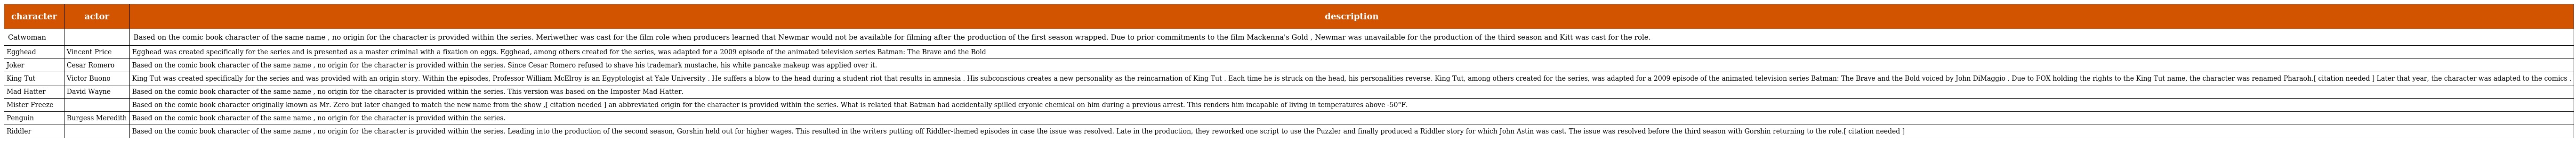
| character | actor | description |
 | --- | --- | --- |
 | Catwoman |  | Based on the comic book character of the same name , no origin for the character is provided within the series. Meriwether was cast for the film role when producers learned that Newmar would not be available for filming after the production of the first season wrapped. Due to prior commitments to the film Mackenna's Gold , Newmar was unavailable for the production of the third season and Kitt was cast for the role. |
 | Egghead | Vincent Price | Egghead was created specifically for the series and is presented as a master criminal with a fixation on eggs. Egghead, among others created for the series, was adapted for a 2009 episode of the animated television series Batman: The Brave and the Bold |
 | Joker | Cesar Romero | Based on the comic book character of the same name , no origin for the character is provided within the series. Since Cesar Romero refused to shave his trademark mustache, his white pancake makeup was applied over it. |
 | King Tut | Victor Buono | King Tut was created specifically for the series and was provided with an origin story. Within the episodes, Professor William McElroy is an Egyptologist at Yale University . He suffers a blow to the head during a student riot that results in amnesia . His subconscious creates a new personality as the reincarnation of King Tut . Each time he is struck on the head, his personalities reverse. King Tut, among others created for the series, was adapted for a 2009 episode of the animated television series Batman: The Brave and the Bold voiced by John DiMaggio . Due to FOX holding the rights to the King Tut name, the character was renamed Pharaoh.[ citation needed ] Later that year, the character was adapted to the comics . |
 | Mad Hatter | David Wayne | Based on the comic book character of the same name , no origin for the character is provided within the series. This version was based on the Imposter Mad Hatter. |
 | Mister Freeze |  | Based on the comic book character originally known as Mr. Zero but later changed to match the new name from the show ,[ citation needed ] an abbreviated origin for the character is provided within the series. What is related that Batman had accidentally spilled cryonic chemical on him during a previous arrest. This renders him incapable of living in temperatures above -50°F. |
 | Penguin | Burgess Meredith | Based on the comic book character of the same name , no origin for the character is provided within the series. |
 | Riddler |  | Based on the comic book character of the same name , no origin for the character is provided within the series. Leading into the production of the second season, Gorshin held out for higher wages. This resulted in the writers putting off Riddler-themed episodes in case the issue was resolved. Late in the production, they reworked one script to use the Puzzler and finally produced a Riddler story for which John Astin was cast. The issue was resolved before the third season with Gorshin returning to the role.[ citation needed ] |